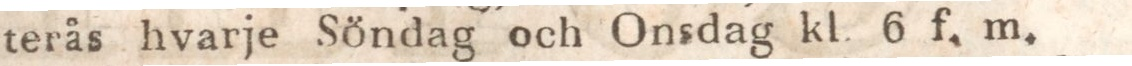
terås hvarje Söndag och Onsdag kl. 6 f. m.